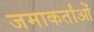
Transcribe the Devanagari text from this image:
जमाकर्तांओं